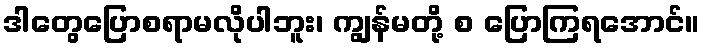
ဒါတွေပြောစရာမလိုပါဘူး၊ ကျွန်မတို့ စ ပြောကြရအောင်။